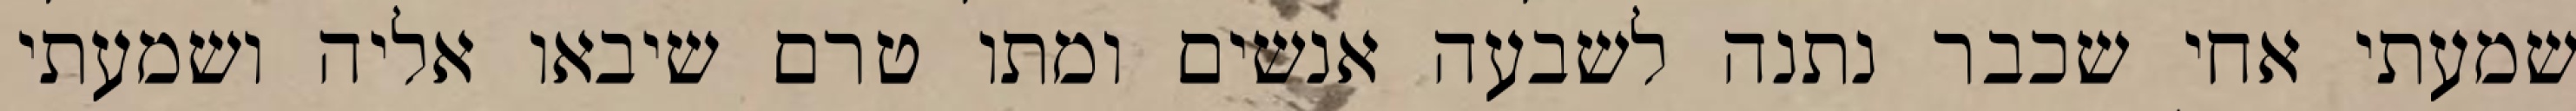
שמעתי אחי שכבר נתנה לשבעה אנשים ומתו טרם שיבאו אליה ושמעתי